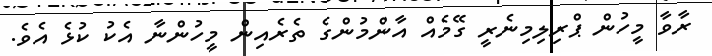
ރާވާ މީހުން ޕްރިލިމިނެރީ ގޭމެއް އާންމުންގެ ތެރެއިން މީހުންނާ އެކު ކުޅެ އެވެ.